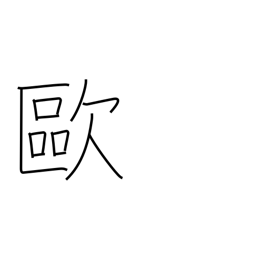
Meaning: Europe